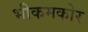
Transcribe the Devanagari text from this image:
भीकमकोर